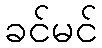
ခင်မင်